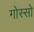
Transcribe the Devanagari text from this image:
गोस्सो